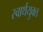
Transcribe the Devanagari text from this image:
स्वार्थयुक्त